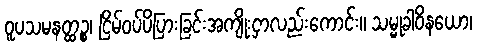
ဝူပသမနတ္ထဉ္စ၊ ငြိမ်ဝပ်ပိပြားခြင်းအကျိုးငှာလည်းကောင်း။ သမ္မုခါဝိနယော၊